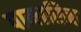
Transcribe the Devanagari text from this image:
पामारिन